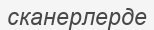
сканерлерде